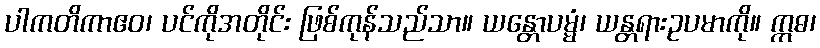
ပါကတိကာဧဝ၊ ပင်ကိုအတိုင်း ဖြစ်ကုန်သည်သာ။ ယန္တောပမ္မံ၊ ယန္တရားဥပမာကို။ ဣဓ၊